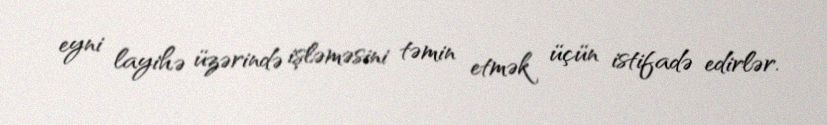
eyni layihə üzərində işləməsini təmin etmək üçün istifadə edirlər.